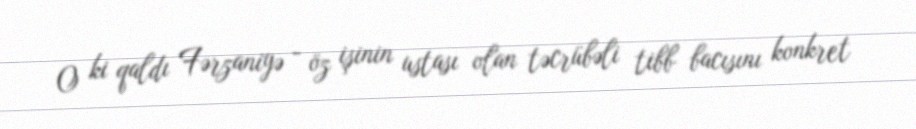
O ki qaldı Fərzaniyə - öz işinin ustası olan təcrübəli tibb bacısını konkret